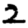
Digit: 2